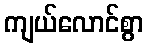
ကျယ်လောင်စွာ